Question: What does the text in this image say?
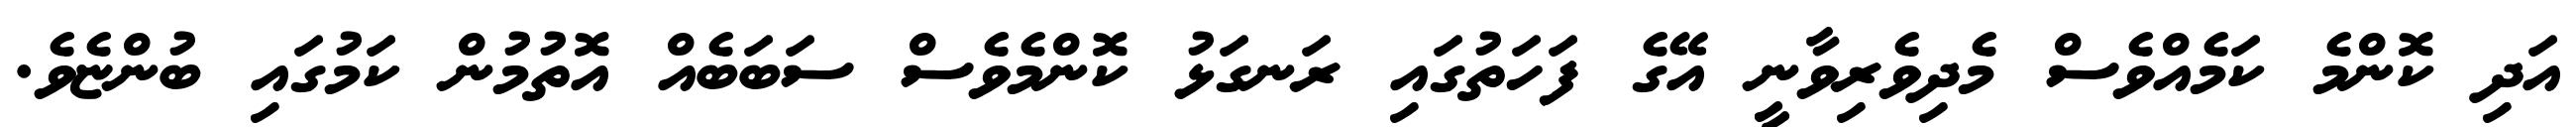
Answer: އަދި ކޮންމެ ކަމެއްވެސް މެދިވެރިވާނީ އޭގެ ފަހަތުގައި ރަނގަޅު ކޮންމެވެސް ސަބަބެއް އޮތުމުން ކަމުގައި ބުންޏެވެ.